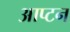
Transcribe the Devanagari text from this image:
आप्टन